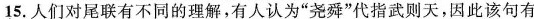
15.人们对尾联有不同的理解，有人认为”尧舜”代指武则天，因此该句有